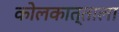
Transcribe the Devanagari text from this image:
कोलकात्ताला